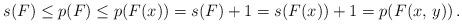
LaTeX: \begin{align*}s(F)\le p(F)\le p(F(x))=s(F)+1=s(F(x))+1=p(F(x,\,y))\,.\end{align*}